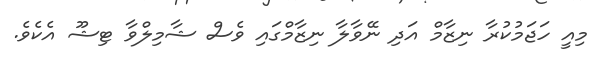
މިއީ ހަޖަމުކުރާ ނިޒާމް އަދި ނޭވާލާ ނިޒާމްގައި ވެސް ޝާމިލްވާ ޓިޝޫ އެކެވެ.